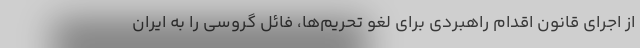
از اجرای قانون اقدام راهبردی برای لغو تحریم‌ها، فائل گروسی را به ایران